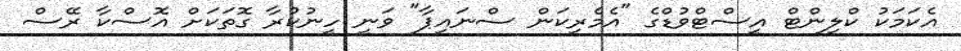
އެކަމަކު ކްލިންޓް އީސްޓްވުޑްގެ "އެމެރިކަން ސްނައިޕާ" ވަނީ ހީނުކުރާ ގޮތަކަށް އޮސްކާ ރޭސް